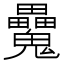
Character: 𩴻